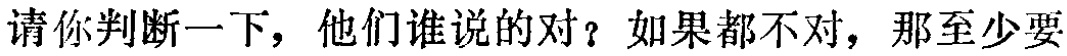
请你判断一下，他们谁说的对？如果都不对，那至少要